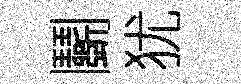
鬬犹